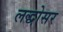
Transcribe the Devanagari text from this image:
लद्धोसर